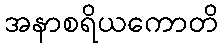
အနာစရိယကောတိ